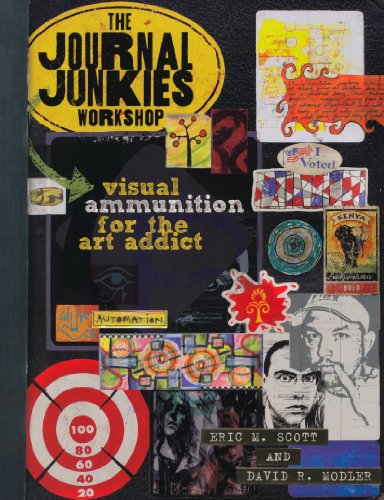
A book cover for The Journal Junkies Workshop: Visual Ammunition for the Art Addict; Eric M. Scott; Crafts, Hobbies & Home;